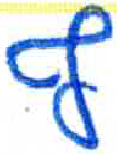
אות: ף